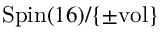
\mathrm { S p i n } ( 1 6 ) / \{ \pm \mathrm { v o l } \}